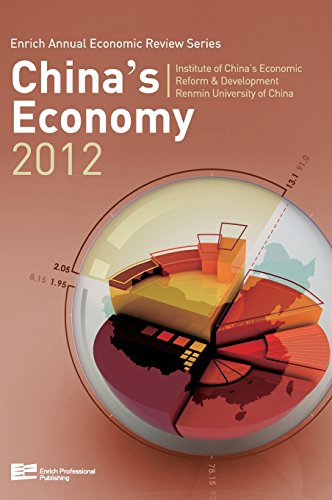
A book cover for China's Economy 2012 (Enrich Annual Economic Review); Institute of China s Economic Reform&Development; Business & Money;